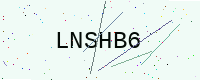
Text: LNSHB6